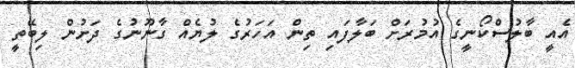
އެއީ ބާލުސްކޯނީގެ އުމުރަށް ބަލާފައި ތިން އަހަރުގެ ލުޔެއް ގާނޫނުގެ ދަށުން ލިބޭތީ